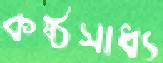
কষ্ঠসাধ্য